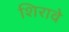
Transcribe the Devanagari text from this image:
शिरावे